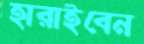
হারাইবেন